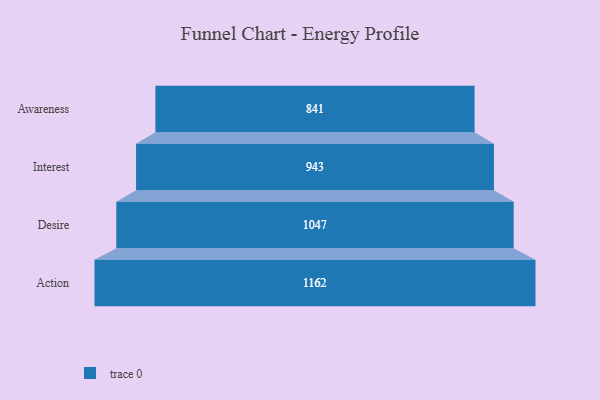
{"axis": {"x": "Stage", "y": "Value"}, "legend": [""], "data": [{"x": "Awareness", "y": 841.0, "type": ""}, {"x": "Interest", "y": 943.0, "type": ""}, {"x": "Desire", "y": 1047.0, "type": ""}, {"x": "Action", "y": 1162.0, "type": ""}]}